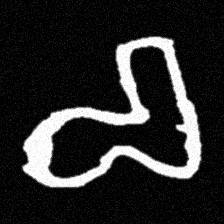
Pyu character \u2014 Myanmar letter: စ (romanized: ca)